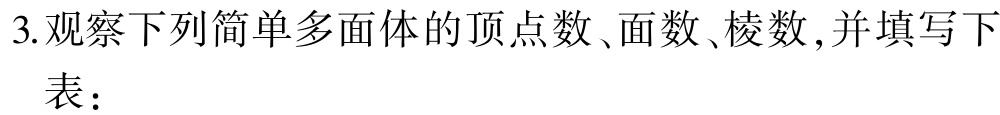
3.观察下列简单多面体的顶点数、面数、棱数,并填写下表：